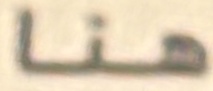
هنا